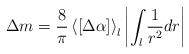
LaTeX: \begin{align*}\Delta m = \frac{8}{\pi}\left< [\Delta \alpha] \right>_l \left|\int_{l}\frac{1}{r^2}dr\right|\end{align*}